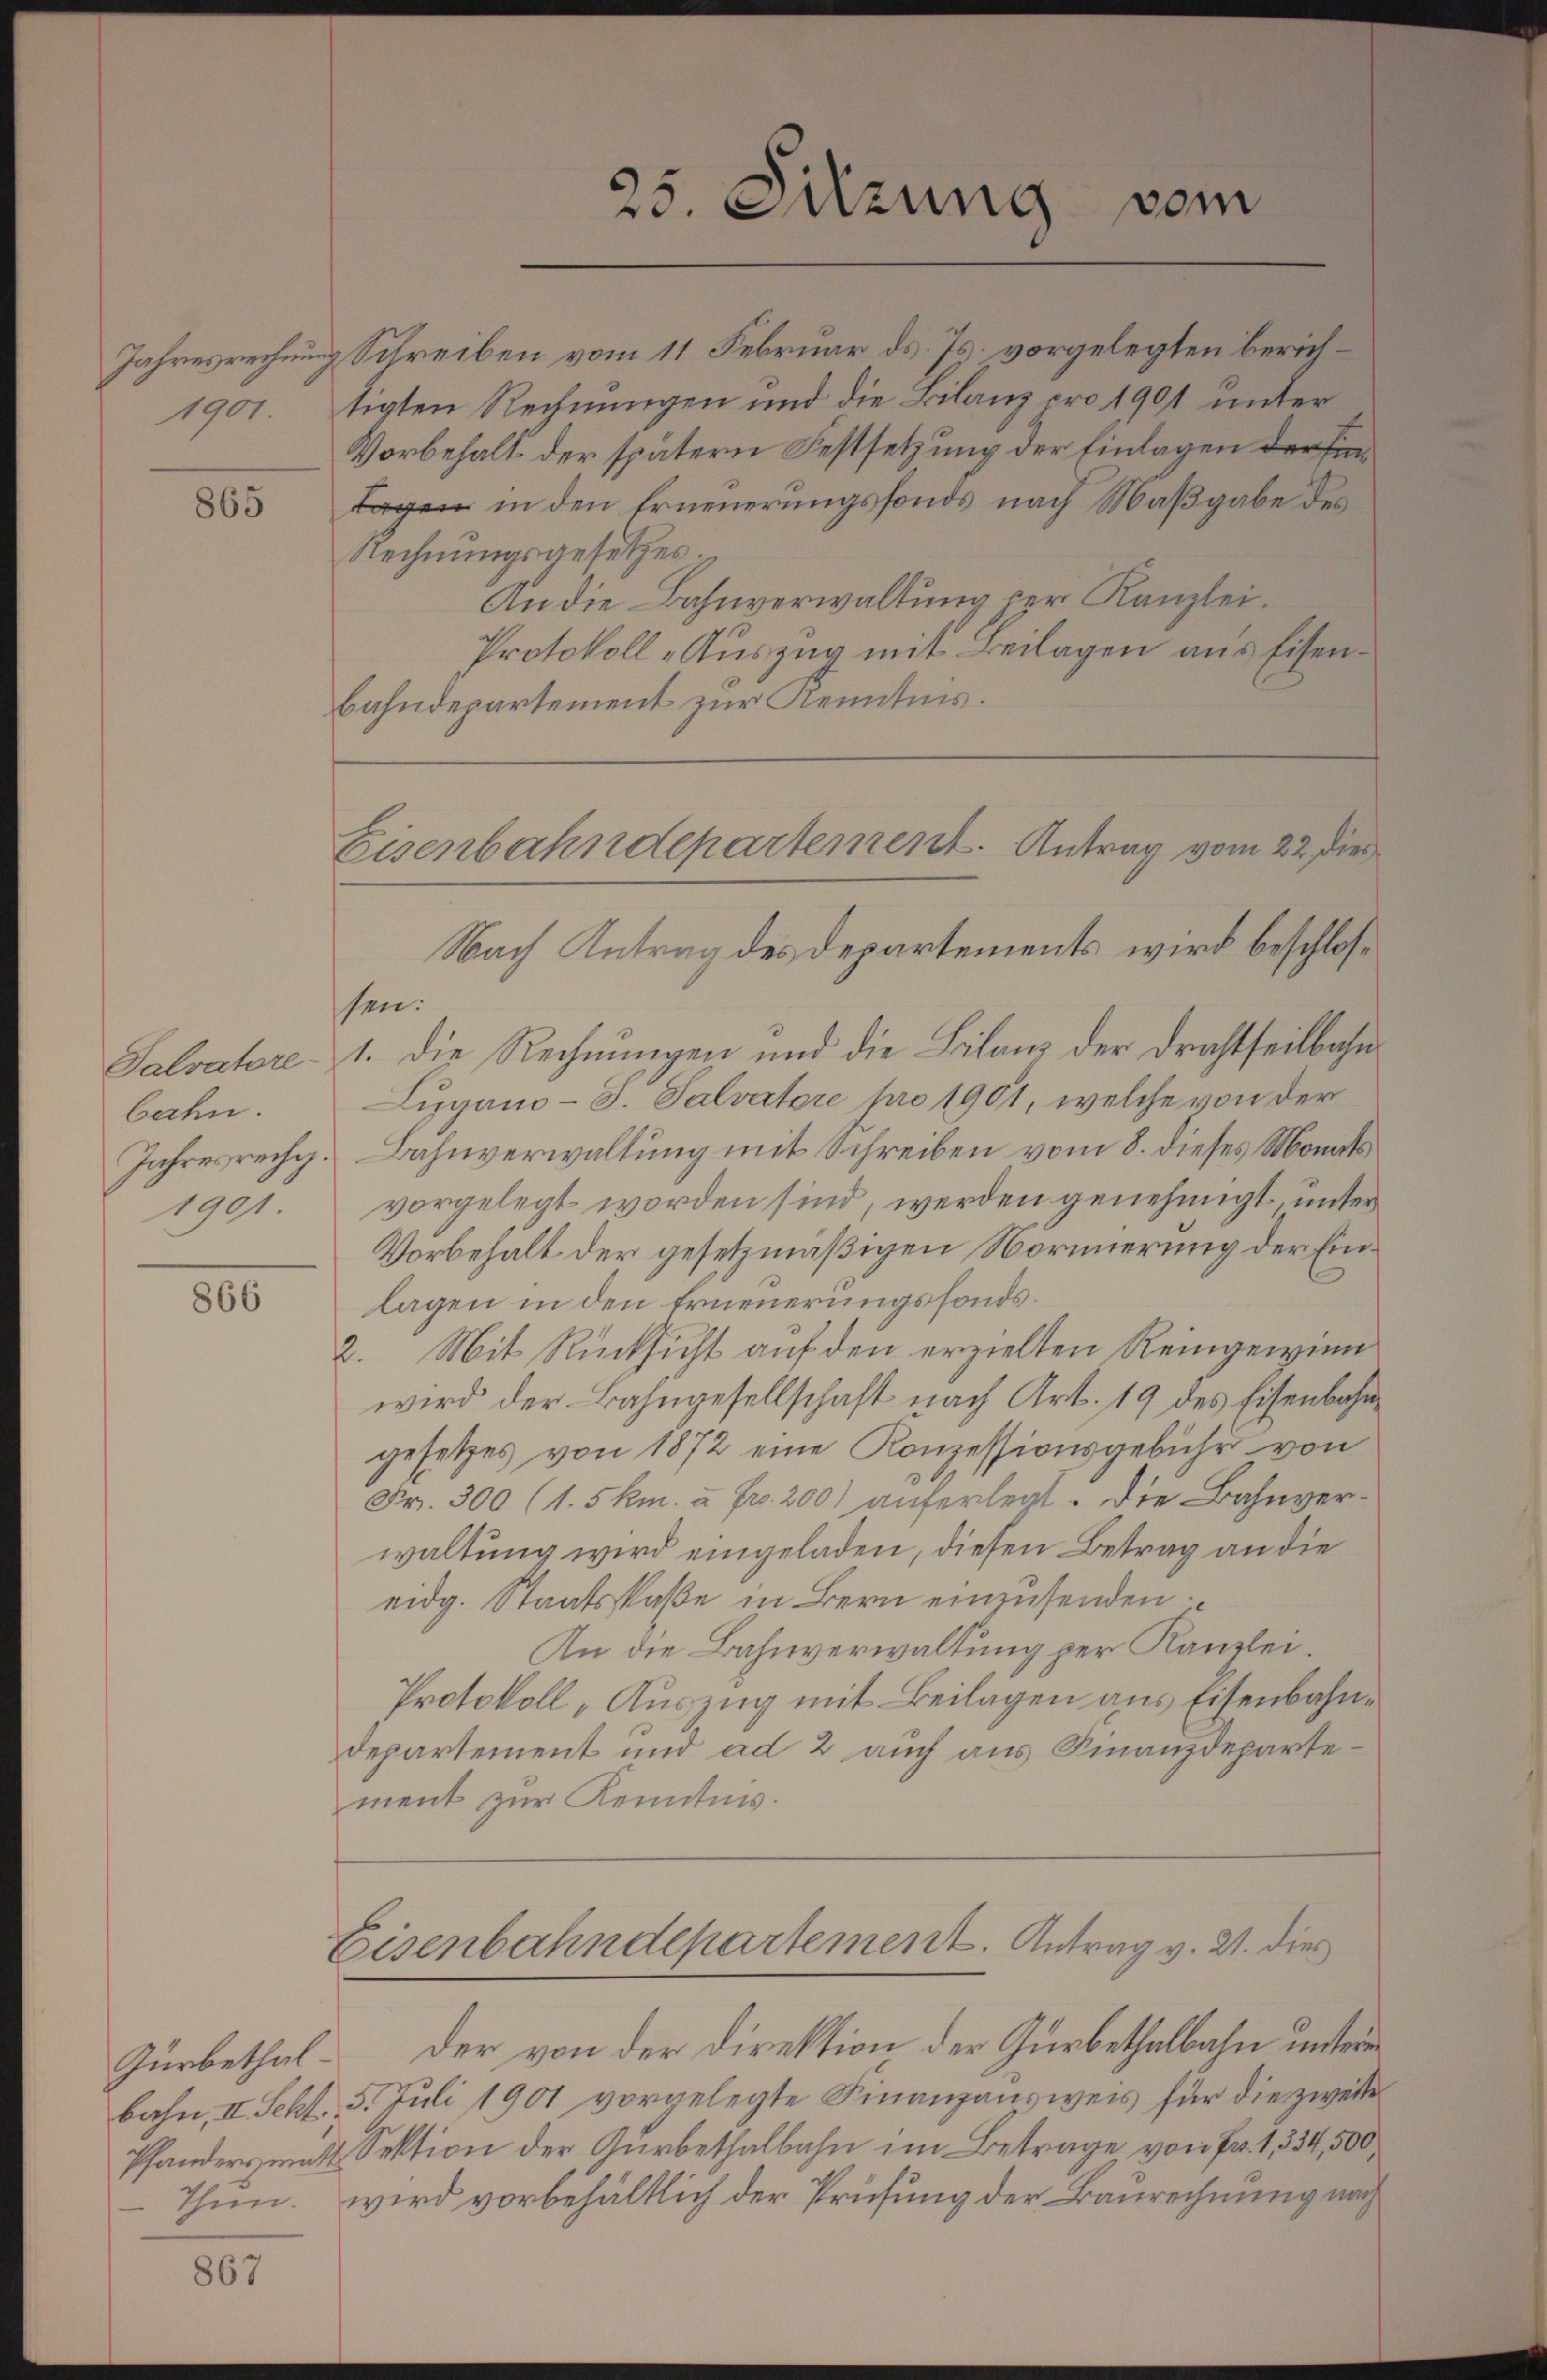
1907.

865

bahn.
Jahresrecht.
1901

866

867

Jahresrechnung Schreiben vom 11 Februar ds. Js. vorgelegten berichtigten Rechnungen und die Bilanz pro 1901 unter
Vorbehalt der spätern Festsetzung der Einlagen der Fin¬
Tagen in den Erneuerungsfonds nach Maßgabe des
Rechnungsgesetzes
An die Bahnverwaltung per Kanzlei.
Protokoll-Auszug mit Beilagen aus Eisen¬
Bahndepartement zur Kenntnis.
sen.
Salvatre- 1. die Rechnungen und die Bilanz der Drahtheilbahn
Lugano-S. Salvatore pro 1901, welche von der
Bahnverwaltung mit Schreiben vom 8. dieses Monats
vorgelegt worden sind, werden genehmigt, unter
Vorbehalt der gesetzmäßigen Normierung der Einlagen in den Erneuerungsfonds.
2. Mit Rücksicht auf den erzielten Reingewinn
wird der Bahngesellschaft nach Art. 19 des Eisenbahngesetzes von 1872 eine Konzessionsgebühr von
Fr. 300 (1. 5 km. à Fr. 200) auferlegt. Die Bahnverwaltung wird eingeladen, diesen Betrag an die
eidg. Staatsstaße in Bern einzusenden.
An die Bahnverwaltung per Kanzlei.
Protokoll-Auszug mit Beilagen aus Eisenbahndepartement und ad 2 auch aus Finanzdepartement zur Kenntnis.

25. Sitzung vom

Eisenbahndepartement. Antrag vom 22. die
Nach Antrag des Departements wird beschlos¬

Eisenbahndepartement. Antrag v. 2. dies

Zürbethal der von der Direktion der Gürbethalbahn unterm
bahn, II. Seht. 5. Juli 1901 vorgelegte Finanzausweis für die zweite
Pfanderseits Sektion der Gürbethalbahn im Betrage von Fr. 1334,500,
Thun. wird vorbehältlich der Prüfung der Baurechnung nach